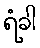
ရံခါ